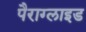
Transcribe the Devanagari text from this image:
पैराग्लाइड